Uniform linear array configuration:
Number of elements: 16
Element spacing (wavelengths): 1
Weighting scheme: hann
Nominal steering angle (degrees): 45
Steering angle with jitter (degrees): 44.457
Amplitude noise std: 0.05
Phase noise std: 0.05

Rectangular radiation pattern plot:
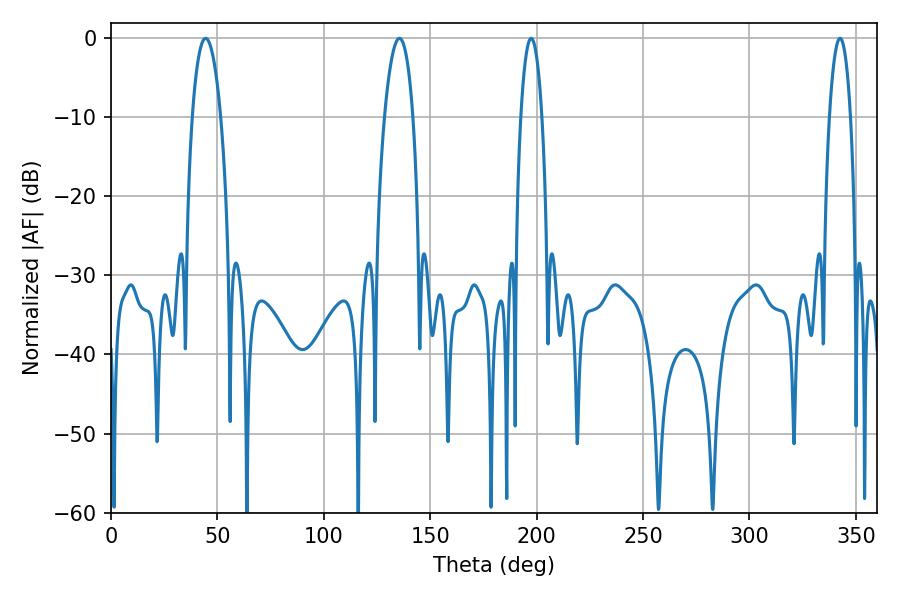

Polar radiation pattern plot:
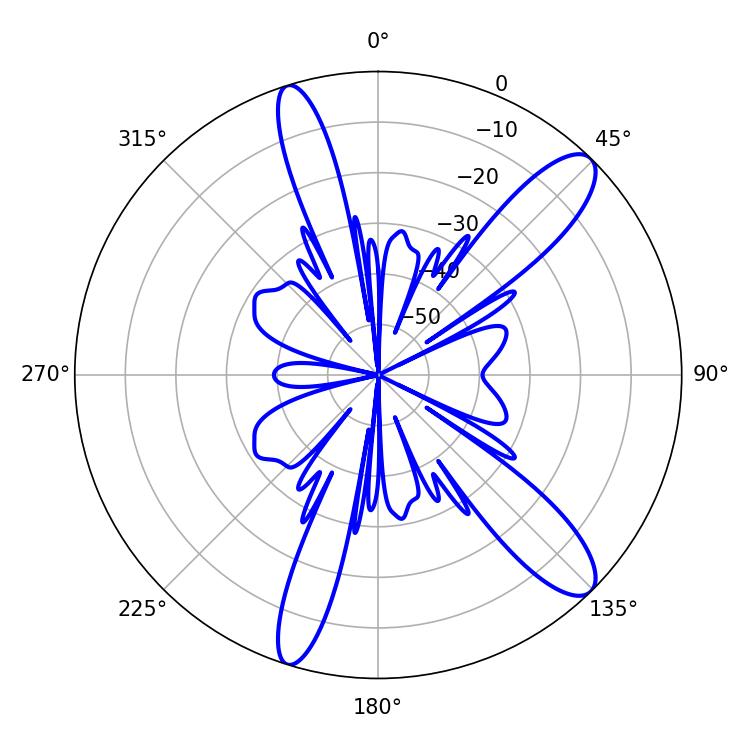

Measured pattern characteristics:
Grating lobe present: TRUE
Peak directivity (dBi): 11.767
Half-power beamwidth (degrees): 7.38
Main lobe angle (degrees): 44.46